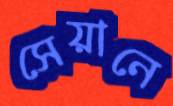
সেয়ানে